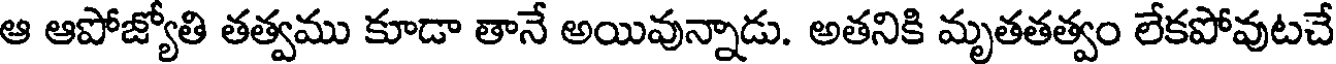
ఆ ఆపోజ్యోతి తత్వము కూడా తానే అయివున్నాడు. అతనికి మృతతత్వం లేకపోవుటచే